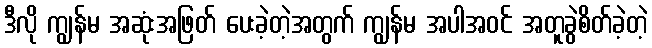
ဒီလို ကျွန်မ အဆုံးအဖြတ် ပေးခဲ့တဲ့အတွက် ကျွန်မ အပါအဝင် အတူခွဲစိတ်ခဲ့တဲ့